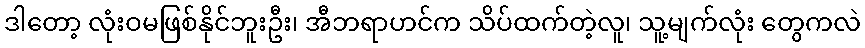
ဒါတော့ လုံးဝမဖြစ်နိုင်ဘူးဦး၊ အီဘရာဟင်က သိပ်ထက်တဲ့လူ၊ သူ့မျက်လုံး တွေကလဲ